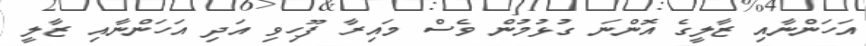
އަހަންނާއި ޒާލީގެ އޮންނަ ގުޅުމުން ވެސް މައިރާ ފޫހިވި އަދި އަހަންނާއި ޒާލީ